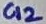
Text: C12